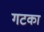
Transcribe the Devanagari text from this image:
गटका